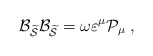
\begin{align*}{\cal B}_{\widetilde{{\cal S}}}{\cal B}_{\widetilde{{\cal S}}}=\omega\varepsilon ^\mu {\cal P}_\mu \;, \end{align*}